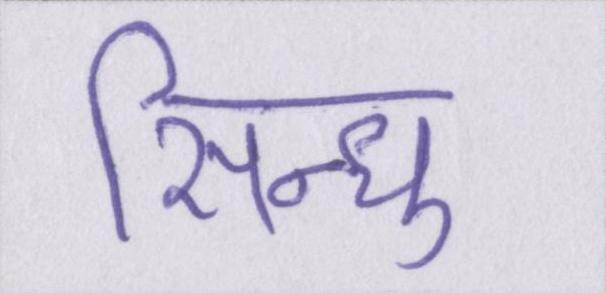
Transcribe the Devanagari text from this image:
सिन्धु